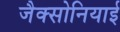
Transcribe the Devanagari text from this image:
जैक्सोनियाई